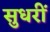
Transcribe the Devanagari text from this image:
सुधरीं